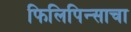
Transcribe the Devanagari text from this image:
फिलिपिन्साचा